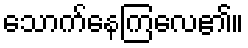
သောက်နေကြလေ၏။